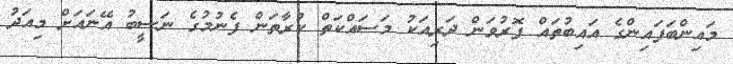
މައިންބަފައިންގެ އައިބުތައް ފޮރުވަން ދަރިއަކު މަސައްކަތް ކުރާތަން ފެނުމުގެ ނަސީބު އޭނައަށް މިއަދު